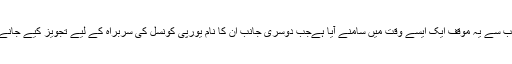
خیال رہےکہ انجیلا میرکل کی جانب سے یہ موقف ایک ایسے وقت میں سامنے آیا ہےجب دوسری جانب ان کا نام یورپی کونسل کی سربراہ کے لیے تجویز کیے جانےکی خبریں بھی گردش کررہی ہیں۔